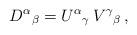
LaTeX: \begin{align*}D^\alpha{}_\beta=U^\alpha{}_\gamma\,V^\gamma{}_\beta\,,\end{align*}